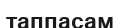
таппасам